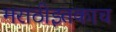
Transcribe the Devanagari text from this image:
मराठीइतकाच